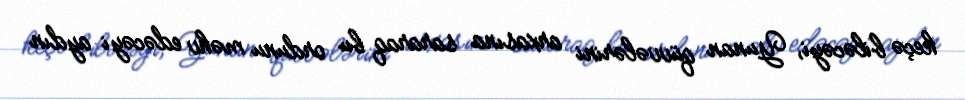
keçə biləcəyi, Yunan qüvvələrini arxasına sararaq bu ordunu məhv edəcəyi aydın